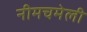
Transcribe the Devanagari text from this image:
नीमचमेली